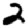
Digit: 2